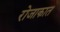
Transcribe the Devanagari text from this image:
रोजाकात